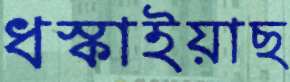
ধস্‌কাইয়াছ